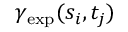
\gamma _ { \mathrm { e x p } } ( s _ { i } , t _ { j } )